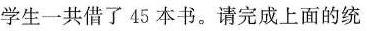
学生一共借了45本书。请完成上面的统